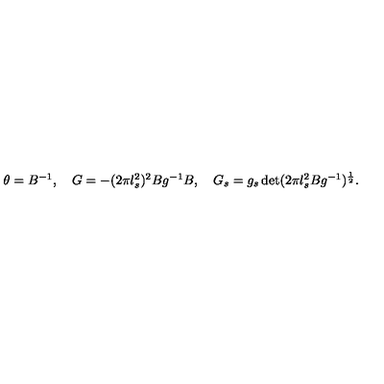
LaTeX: \begin{array} { c } { \theta = B ^ { - 1 } , \quad G = - ( 2 \pi l _ { s } ^ { 2 } ) ^ { 2 } B g ^ { - 1 } B , \quad G _ { s } = g _ { s } \det ( 2 \pi l _ { s } ^ { 2 } B g ^ { - 1 } ) ^ { \frac { 1 } { 2 } } . } \\ \end{array}